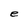
Character: e